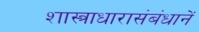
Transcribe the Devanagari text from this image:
शास्त्राधारासंबंधानें